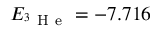
E _ { ^ 3 \mathrm { ~ H ~ e ~ } } = - 7 . 7 1 6